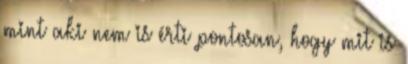
mint aki nem is érti pontosan, hogy mit is